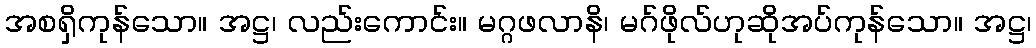
အစရှိကုန်သော။ အဋ္ဌ၊ လည်းကောင်း။ မဂ္ဂဖလာနိ၊ မဂ်ဖိုလ်ဟုဆိုအပ်ကုန်သော။ အဋ္ဌ၊